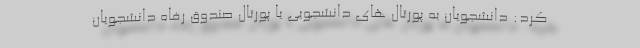
کرد: دانشجویان به پورتال های دانشجویی یا پورتال صندوق رفاه دانشجویان